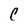
Character: C